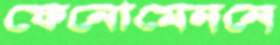
ফেনোমেননে